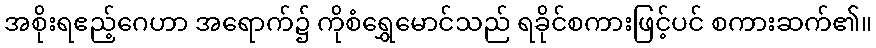
အစိုးရဧည့်ဂေဟာ အရောက်၌ ကိုစံရွှေမောင်သည် ရခိုင်စကားဖြင့်ပင် စကားဆက်၏။